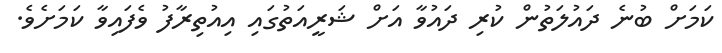
ކަމަށް ބުނެ ދައުލަތުން ކުރި ދައުވާ އަށް ޝަރީއަތުގައި އިއުތިރާފު ވެފައިވާ ކަމަށެވެ.